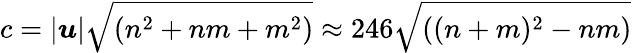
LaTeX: c=\left|{\boldsymbol{u}}\right|{\sqrt{(n^{2}+nm+m^{2})}}\approx 246{\sqrt{((n+m)^{2}-nm)}}